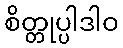
စိတ္တုပ္ပါဒါဝ